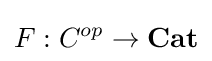
F:C^{op}\to {\textbf {Cat}}